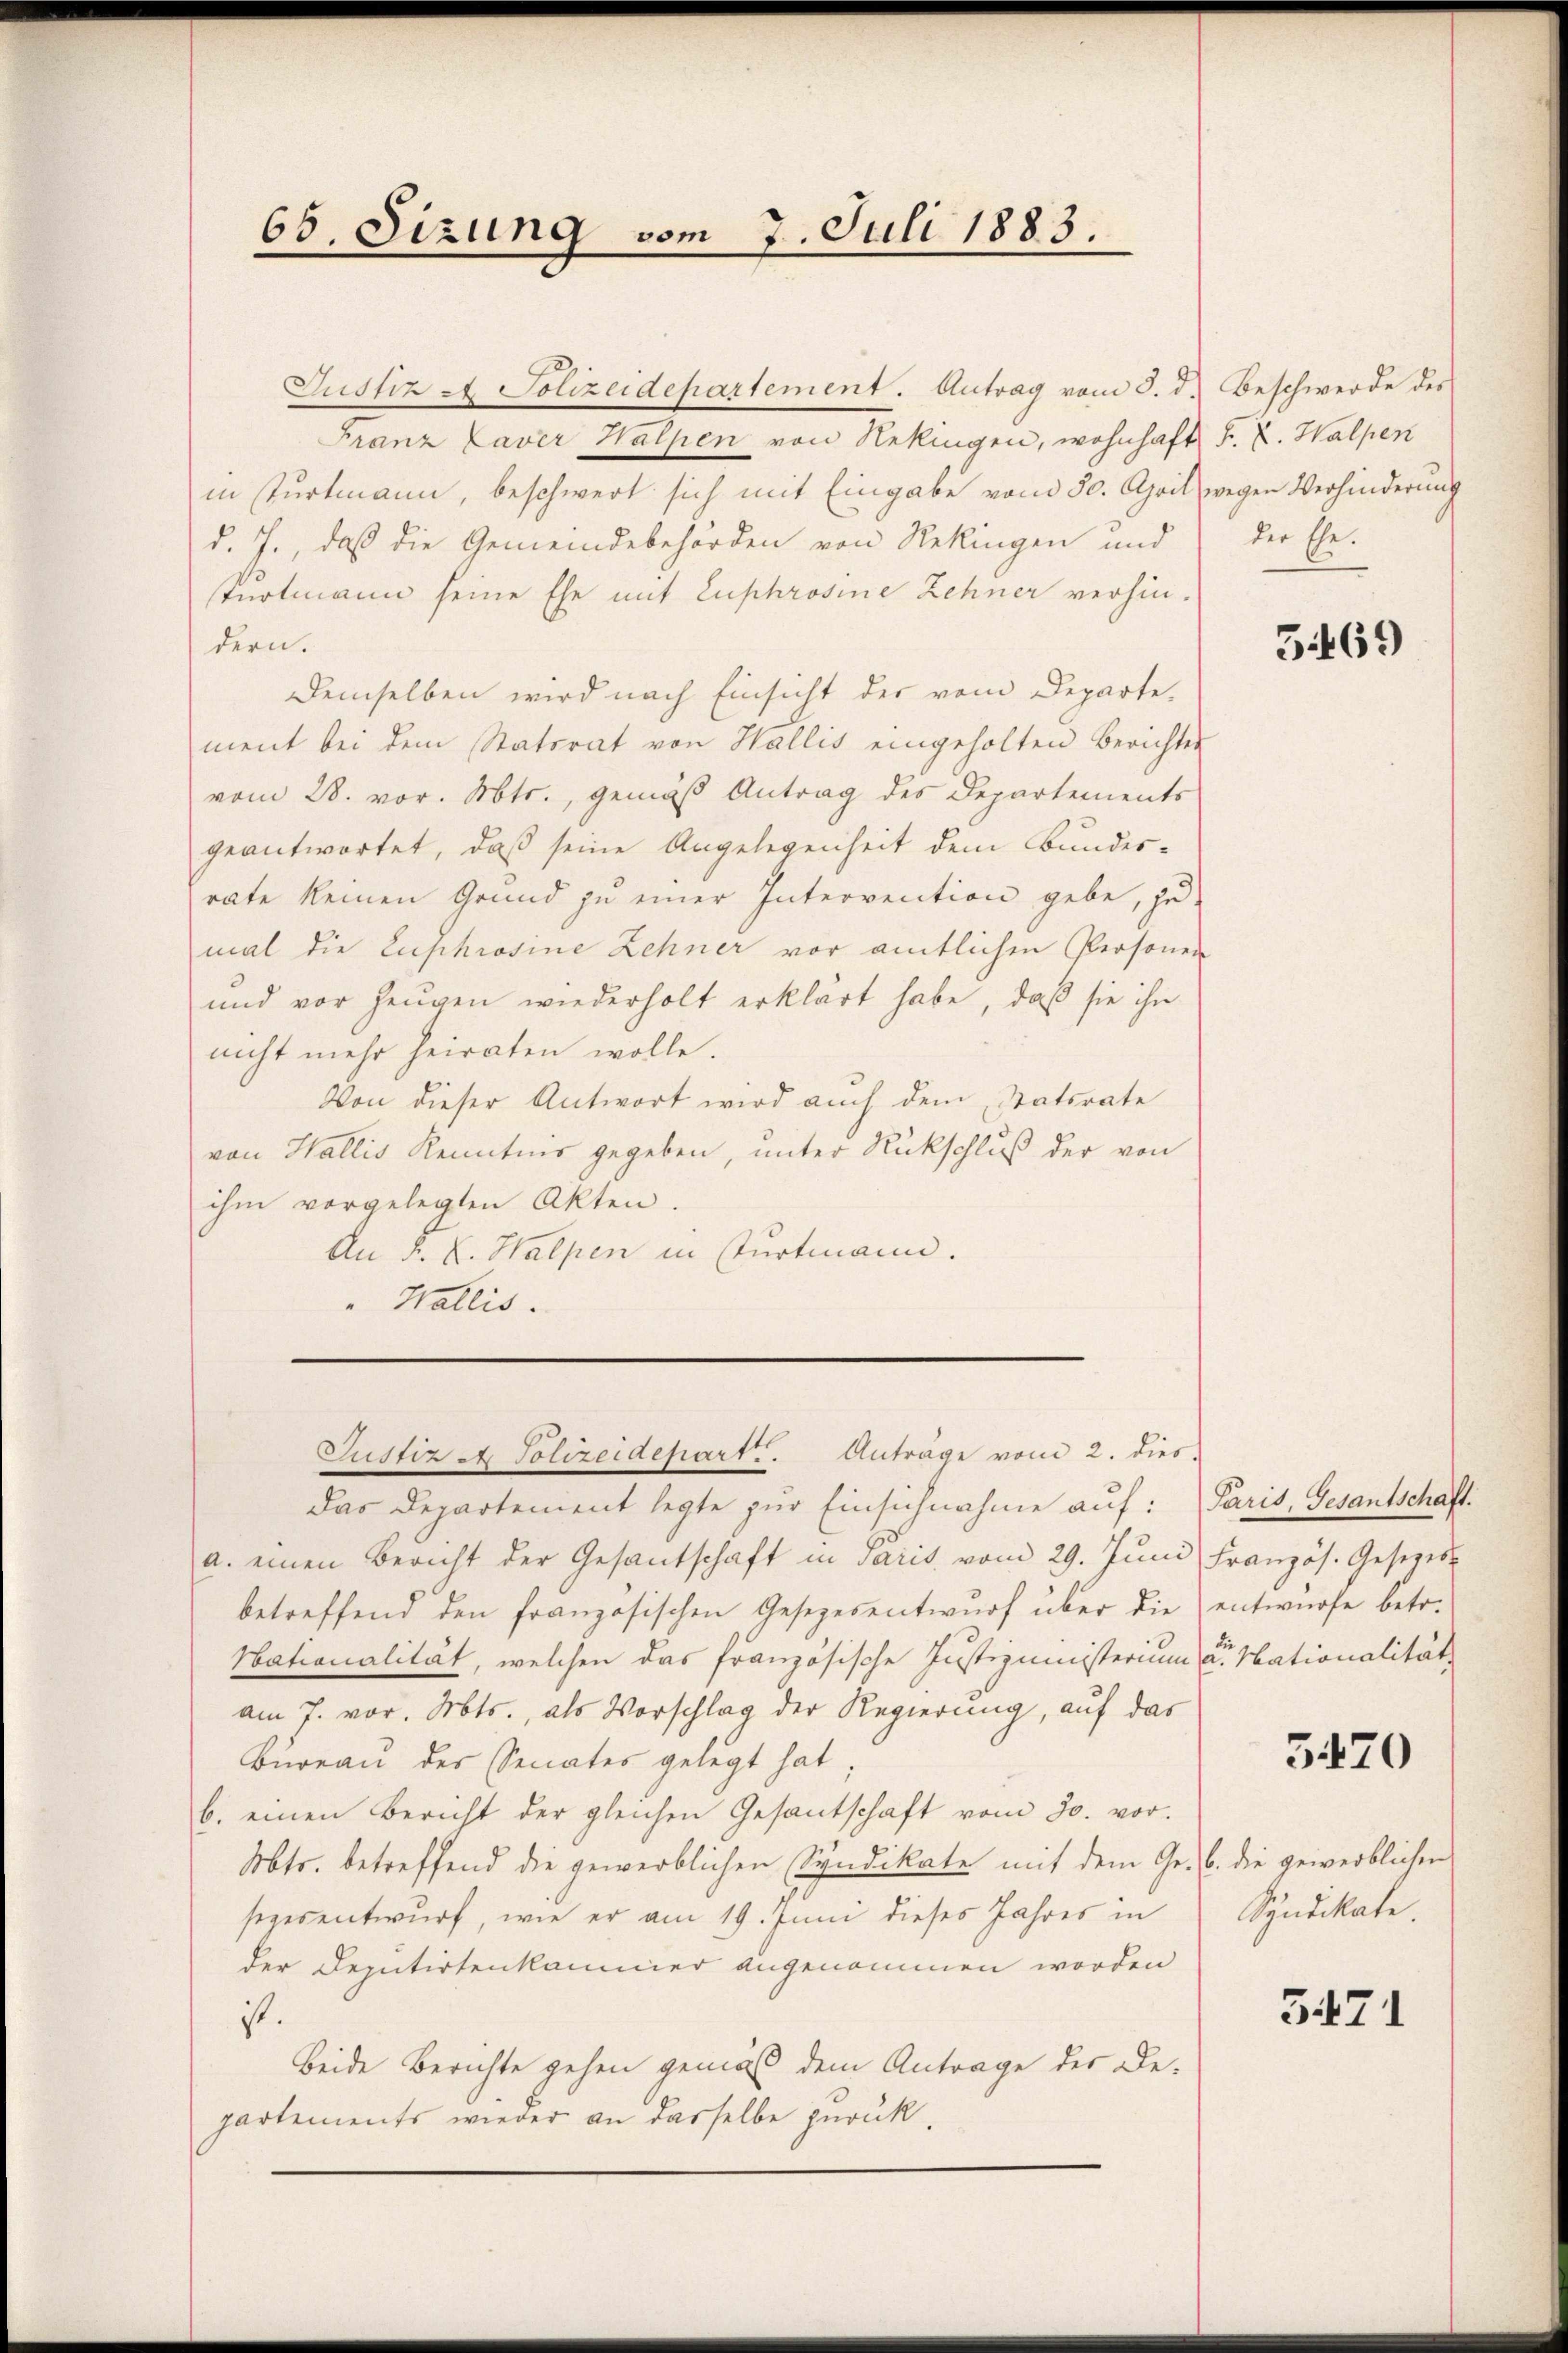
65. Sizung vom 7. Juli 1883.

Franz Caver Halpen von Nekingen, wohnhaft F. V. Walpen
in Turtmann, beschwert sich mit Eingabe vom 30. April wegen Verhinderung
d. J., daß die Gemeindebehörden von Rekingen und
turtmann seine Ehe mit Euphrosine Zehner verhin-
dern.
Demselben wird nach Einsicht der vom Departe,
ment bei dem Statsrat von Wallis eingeholten berichter
vom 28. vor. Mts., gemäß Antrag des Departements
geantwortet, daß seine Angelegenheit dem Bundesrate keinen Grund zu einer Intervention gebe, zu-
mal die Euphrosine Zehner vor amtlichen Personen
und vor Zeugen wiederholt erklärt habe, daß sie ihn
nicht mehr heiraten wolle.
Von dieser Antwort wird auch dem Statsrate
von Wallis Kenntnis gegeben, unter Rückschluß der von
ihm vorgelegten Akten.
An F. C. Halpen in Furtmann.
" Wallis.
Justiz & Polizeidepart. Anträge vom 2. dies
das Departement legte zur Einsichnahme auf:
a. einen Bericht der Gesantschaft in Paris vom 29. Juni
betreffend den französischen Gesetzesentwurf über die entwurfe betr.
Nationalität, welchen das französische Justizministerium der Nationalität
am 7. vor. Mts., als Vorschlag der Regierung, auf das
Bureau des Senates gelegt hat;
b. einen Bericht der gleichen Gesantschaft vom 30. vor.
Mts. betreffend die gewerblichen Syndikate mit dem Gr. B. die gewerblichen
sezesentwurf, wie er am 19. Juni dieses Jahres in
der Deputirtenkammer angenommen worden
ist.
beide Berichte gehen gemäß dem Antrage der Departements wieder an dasselbe zurück.

Justiz - Polizeidepartement. Antrag vom 5. d. Beschwerde des

der Ehe.

3469

Paris, Gesantschaft.
Französ. Gesezess

5470

Syndikate.

3471